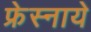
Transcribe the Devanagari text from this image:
फ्रेस्नाये